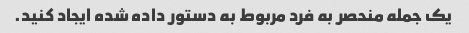
یک جمله منحصر به فرد مربوط به دستور داده شده ایجاد کنید.